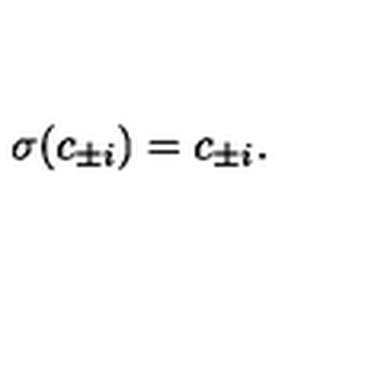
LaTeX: \sigma ( c _ { \pm i } ) = c _ { \pm i } .